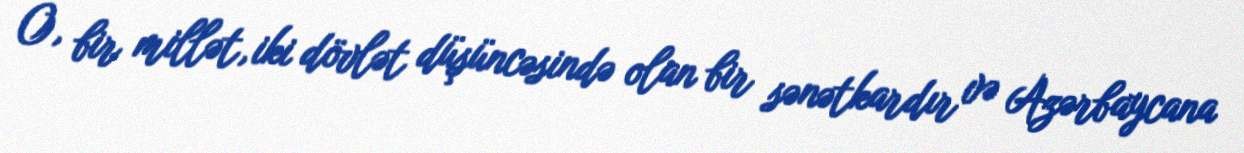
O, bir millət, iki dövlət düşüncəsində olan bir sənətkardır və Azərbaycana